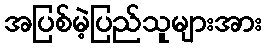
အပြစ်မဲ့ပြည်သူများအား